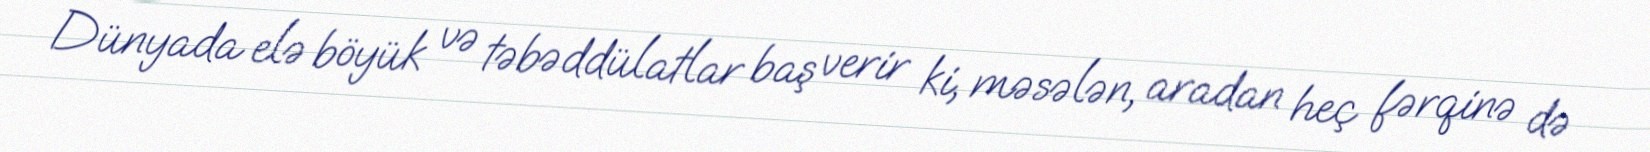
Dünyada elə böyük və təbəddülatlar baş verir ki, məsələn, aradan heç fərqinə də